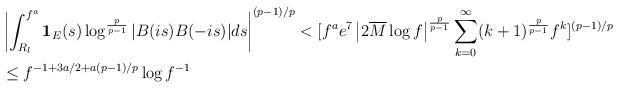
LaTeX: \begin{align*} & \left| \int_{R_l }^{f^{a}} {\bf 1}_E(s) \log^{\frac{p}{p-1} } |B(i s)B(-i s)| ds \right|^{(p-1)/p} <[ f^a e^7 \left|2 \overline M \log f \right|^{\frac{p}{p-1} }\sum_{k=0}^\infty (k+1)^{\frac{p}{p-1} } f^{k} ]^{(p-1)/p} \\ & \le f^ {-1 + 3a/2 + a(p-1)/p } \log f^{-1} \end{align*}